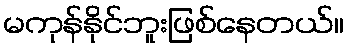
မကုန်နိုင်ဘူးဖြစ်နေတယ်။